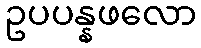
ဥပပန္နဖလော